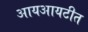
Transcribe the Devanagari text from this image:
आयआयटीत